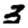
Digit: 3